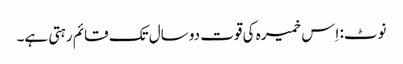
نوٹ: اِس خمیرہ کی قوت دو سال تک قائم رہتی ہے۔